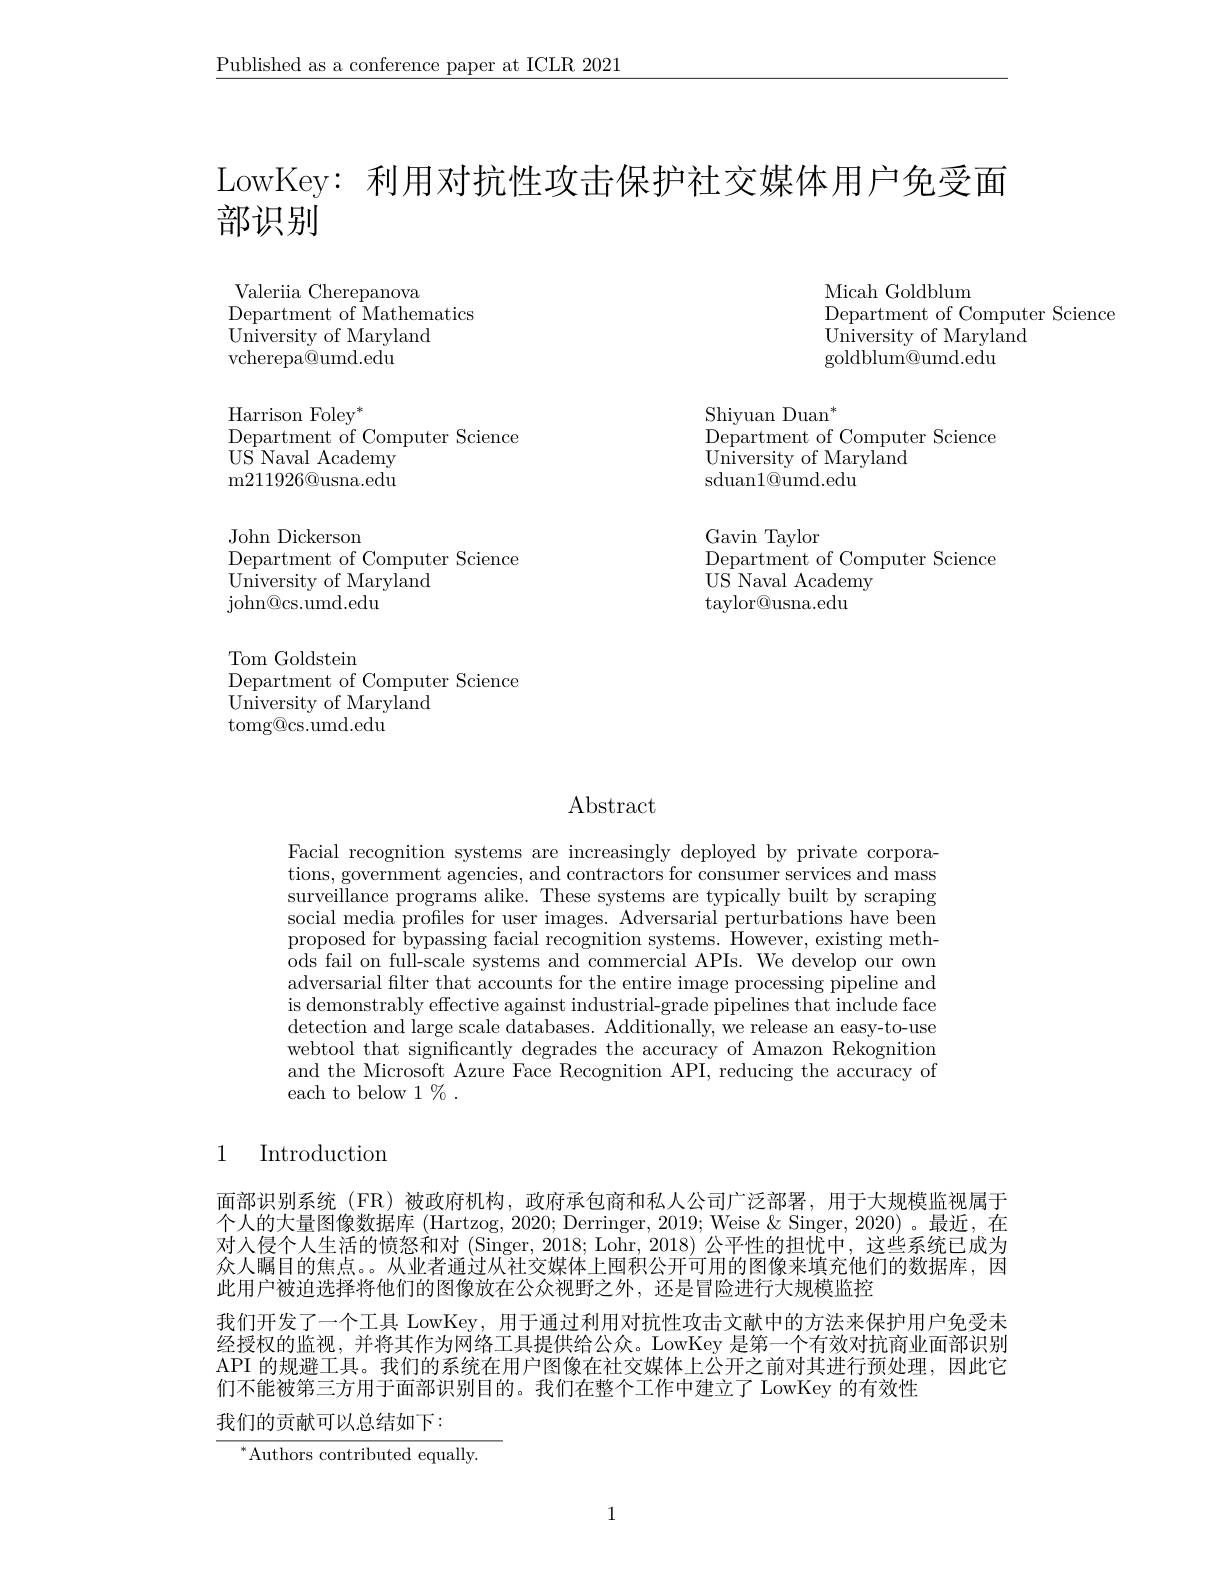
$\underline{\text{Published as a conference paper at ICLR 2021}}$

LowKey: 利用对抗性攻击保护社交媒体用户免受面

部识别

Micah Goldblum
Department of Computer Science
University of Maryland
goldblum@umd.edu

Valeriia Cherepanova
Department of Mathematics
University of Maryland
vcherepa$\textcircled{\mathrm{umd.edu}}$

Shiyuan Duan$^*$
Department of Computer Science
University of Maryland
sduan1@umd.edu
Gavin Taylor
Department of Computer Science
US Naval Academy
taylor@usna.edu

$\mathrm{Harrison~Foley}^{*}$
Department of Computer Science
$\mathrm{US}^{\mathrm{T}}$Naval Academy m211926@usna.edu John Dickerson
Department of Computer Science
$\tilde{\text{University of Maryland}}$
${\mathrm{john@cs.umd.edu}}$
Tom Goldsteim
Department of Computer Science
$\bar{\text{University of Maryland}}$
tomg@cs.umd.edu

# Abstract

Facial recognition systems are increasingly deployed by private corporations, government agencies, and contractors for consumer services and mass surveillance programs alike. These systems are typically built by scraping social media profiles for user images. Adversarial perturbations have been proposed for bypassing facial recognition systems. However, existing methods fail on full-scale systems and commercial APIs. We develop our own adversarial filter that accounts for the entire image processing pipeline and is demonstrably effective against industrial-grade pipelines that include face detection and large scale databases. Additionally, we release an easy-to-use webtool that significantly degrades the accuracy of Amazon Rekognition and the Microsoft Azure Face Recognition API, reducing the accuracy of each to below 1 % .

### 1 Introduction

面部识别系统 (FR)被政府机构，政府承包商和私人公司广泛部署，用于大规模监视属于个人的大量图像数据库(Hartzog, 2020; Derringer, 2019; Weise & Singer, 2020)。最近，在对人侵个人生活的愤怒和对 (Singer, 2018; Lohr, 2018) 公平性的担忧中，这些系统已成为众人瞩目的焦点。从业者通过从社交媒体上囤积公开可用的图像来填充他们的数据库，因此用户被迫选择将他们的图像放在公众视野之外，还是冒险进行大规模监控
我们开发了一个工具 LowKey, 用于通过利用对抗性攻击文献中的方法来保护用户免受未经授权的监视，并将其作为网络工具提供给公众。LowKey 是第一个有效对抗商业面部识别API 的规避工具。我们的系统在用户图像在社交媒体上公开之前对其进行预处理，因此它们不能被第三方用于面部识别目的。我们在整个工作中建立了 LowKey 的有效性
我们的贡献可以总结如下：

$^*$Authors contributed equally.

1